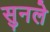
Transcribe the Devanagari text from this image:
सुनले